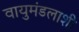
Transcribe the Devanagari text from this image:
वायुमंडलाशी